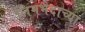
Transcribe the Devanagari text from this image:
लिंगभेदाच्या